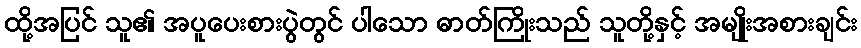
ထို့အပြင် သူ၏ အပူပေးစားပွဲတွင် ပါသော ဓာတ်ကြိုးသည် သူတို့နှင့် အမျိုးအစားချင်း